Kloostri_vallavalitsus, lk 26
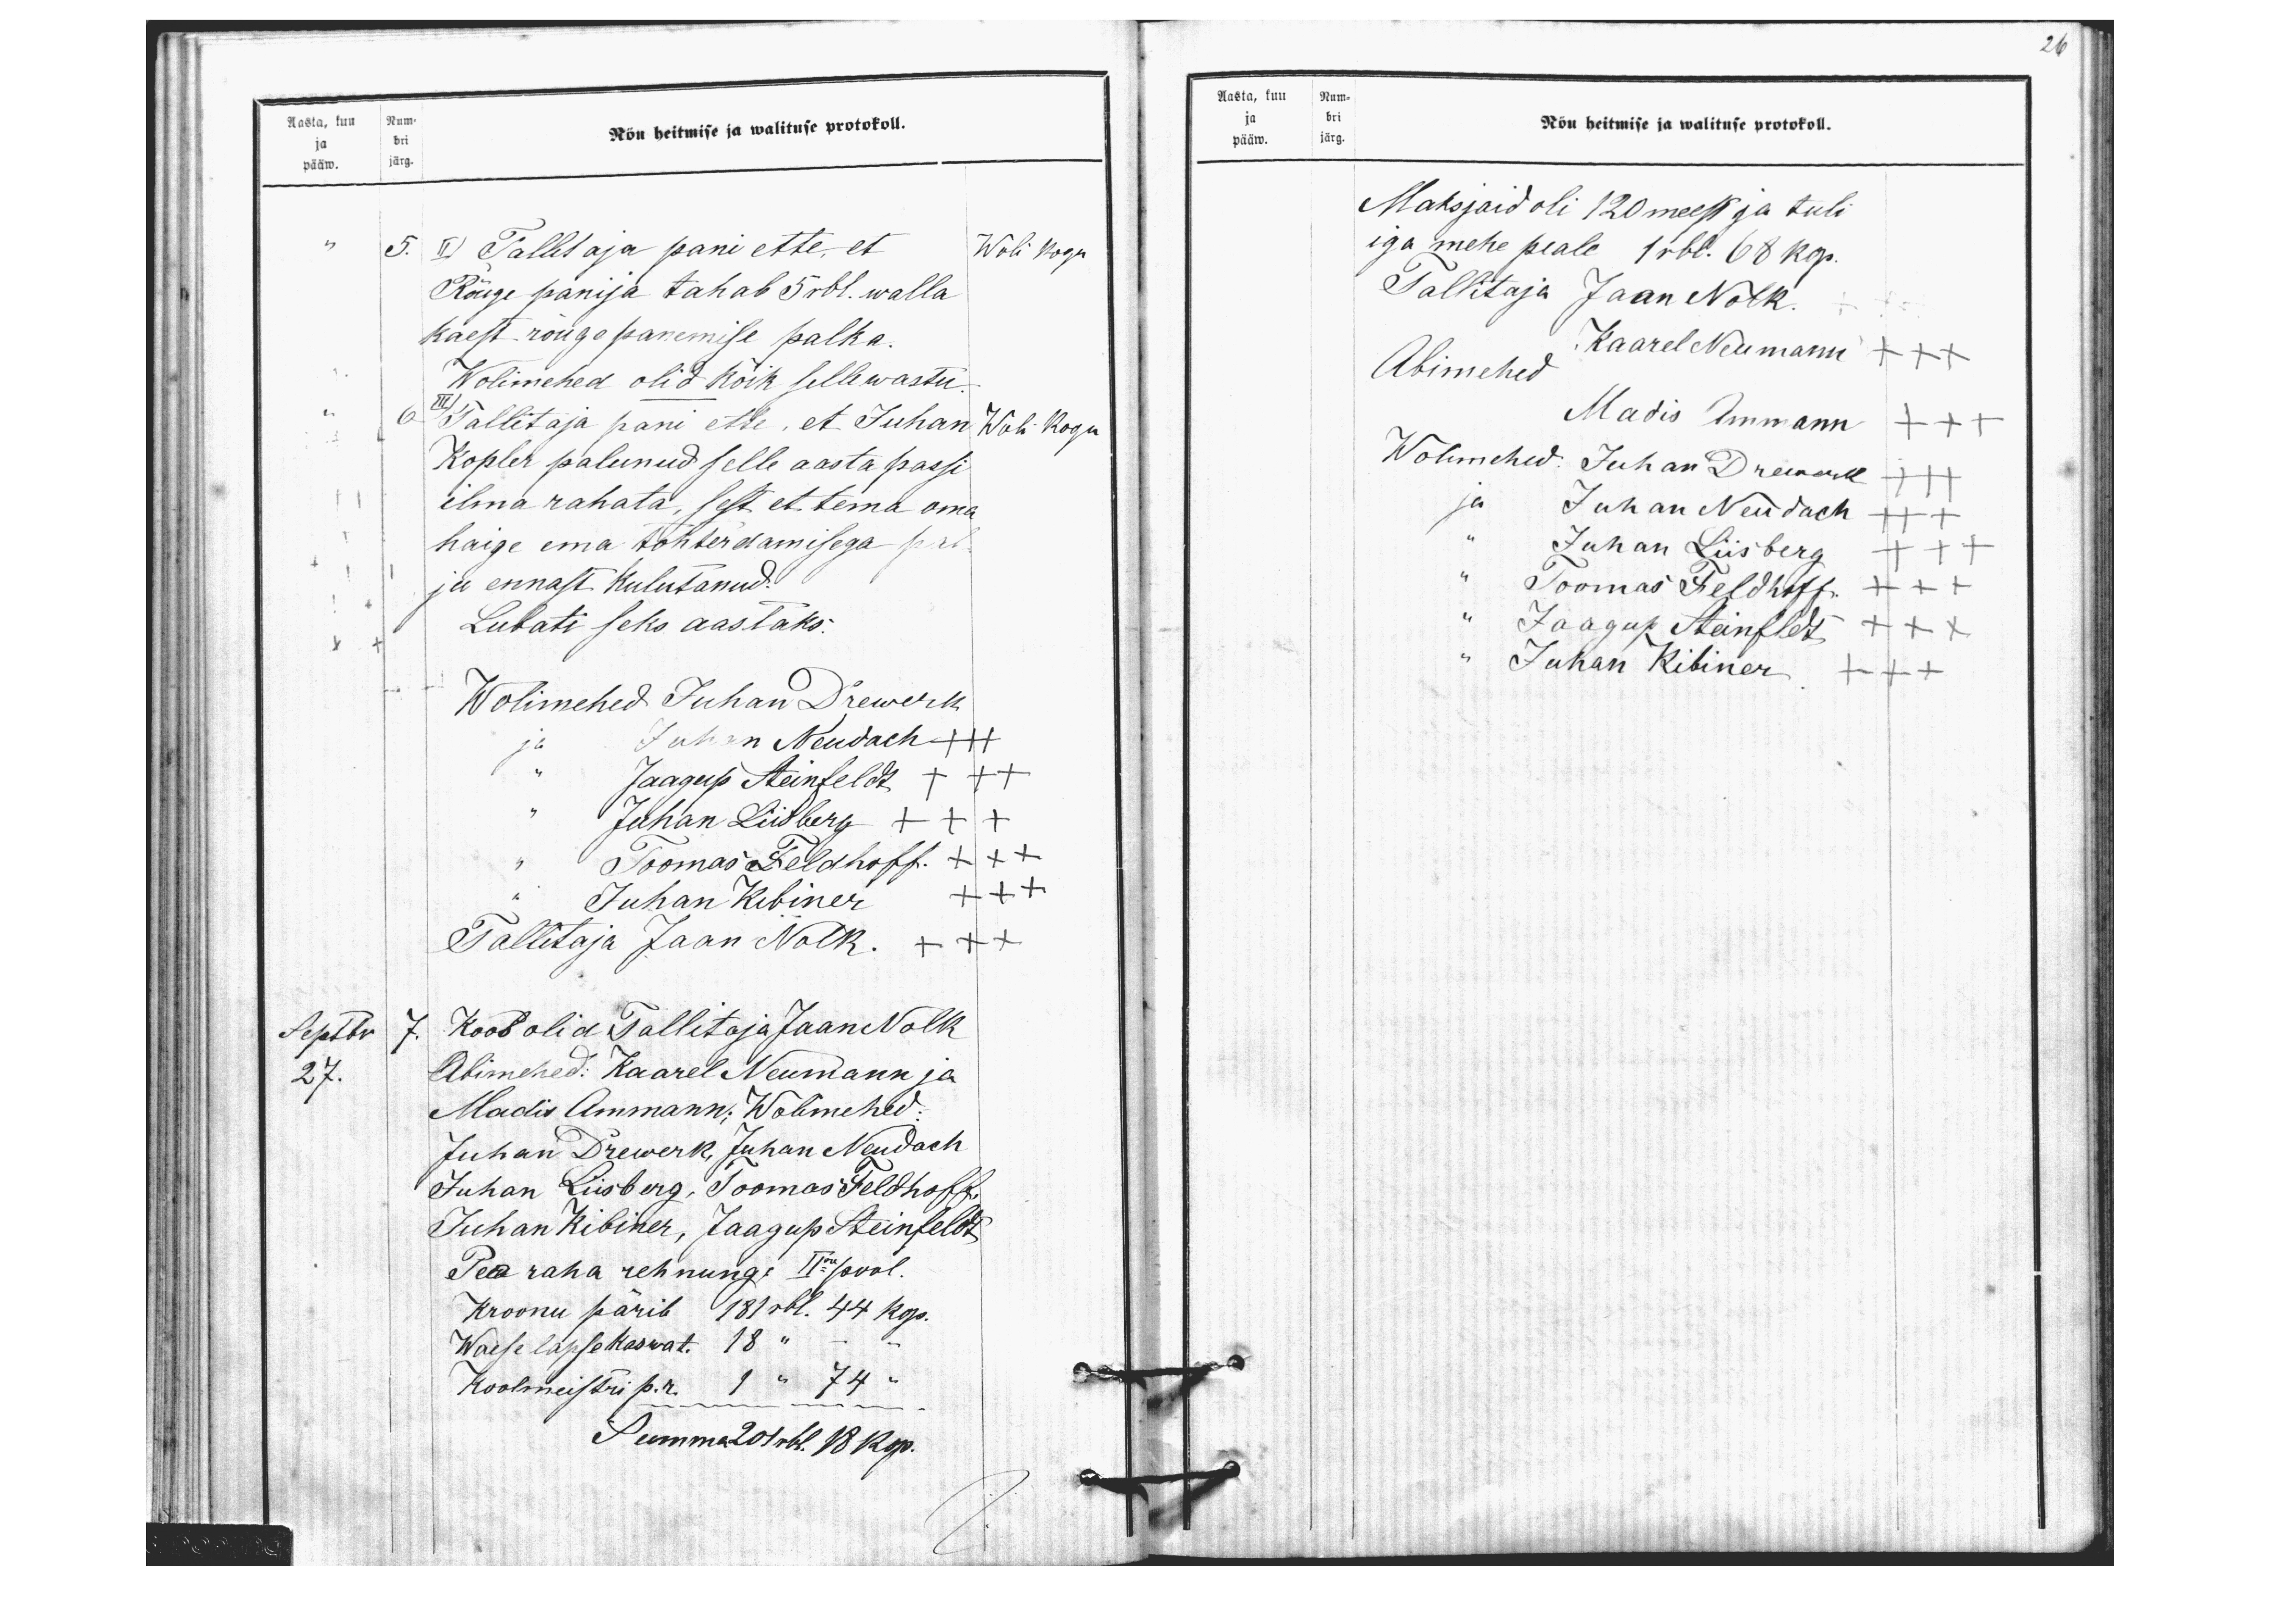
26

Aasta, kuu Num-
Nõu heitmise ja walituse protokoll.
ja bri
pääw. järg.
5. 1) Tallitaja pani ette, et
Woli Kogu
Rõuge panija tahab 5 rbl. walla
käest rõuge panemise palka.
Wolimehed olid Koik selle wastu.
III
Kopler palunud selle aasta passi
6 Tallitaja pani ette, et Juhan
Woli kogu
ilma rahata, sest et tema oma
haige ema tohterdamisega pal-
ju ennast kulutanud.
Lubati seks aastaks:
Wolimehed Juhan Drewerk
ja Juhan Neudach +++
" Jaagup Steinfeldt +++
" Juhan Liisberg +++
" Toomas Feldhoff. +++
" Juhan Kibiner +++
Tallitaja Jaan Nolk. +++
Septbr
7 Koos olid Tallitaja Jaan Nolk
27.
Abimehed: Kaarel Neumann ja
Madis Ammann; Wolimehed:
Juhan Drewerk, Juhan Neudach
Juhan Liisberg, Toomas Feldhoff,
Juhan Kibiner, Jaagup Steinfeldt
Pea raha rehnungi IIne pool.
Kroonu pärib 181 rbl. 44 kop.
Waese lapse kaswat. 18 "- -
Koolmeistri p. r. 1 " 74 "
Summa 201 rbl. 18 kop.

Aasta, kuu Num-
ja bri
pääw. järg.
Nõu heitmise ja walituse protokoll.
Maksjaid oli 120 meest ja tuli
iga mehe peale 1 rbl. 68 kop.
Tallitaja Jaan Nolk
Kaarel Neumann +++
Abimehed
Madis Ammann+++
Wolimehed: Juhan Drewerk +++
ja Juhan Neudach +++
" Juhan Liisberg +++
" Toomas Feldhoff +++
" Jaagup Steinfeldt +++
" Juhan Kibiner +++